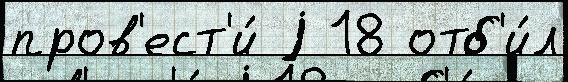
пров'ест'и́ j 18 отб'и́л